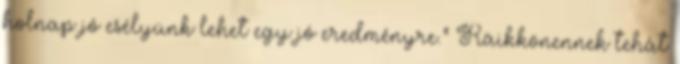
holnap jó esélyünk lehet egy jó eredményre." Räikkönennek tehát